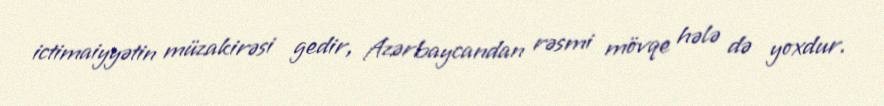
ictimaiyyətin müzakirəsi gedir, Azərbaycandan rəsmi mövqe hələ də yoxdur.